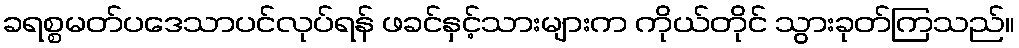
ခရစ္စမတ်ပဒေသာပင်လုပ်ရန် ဖခင်နှင့်သားများက ကိုယ်တိုင် သွားခုတ်ကြသည်။